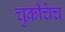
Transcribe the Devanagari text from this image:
चुकीचेच